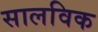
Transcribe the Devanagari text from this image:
सालविक